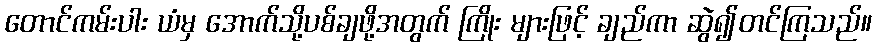
တောင်ကမ်းပါး ယံမှ အောက်သို့ပစ်ချဖို့အတွက် ကြိုး များဖြင့် ချည်ကာ ဆွဲ၍တင်ကြသည်။